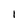
Character: I